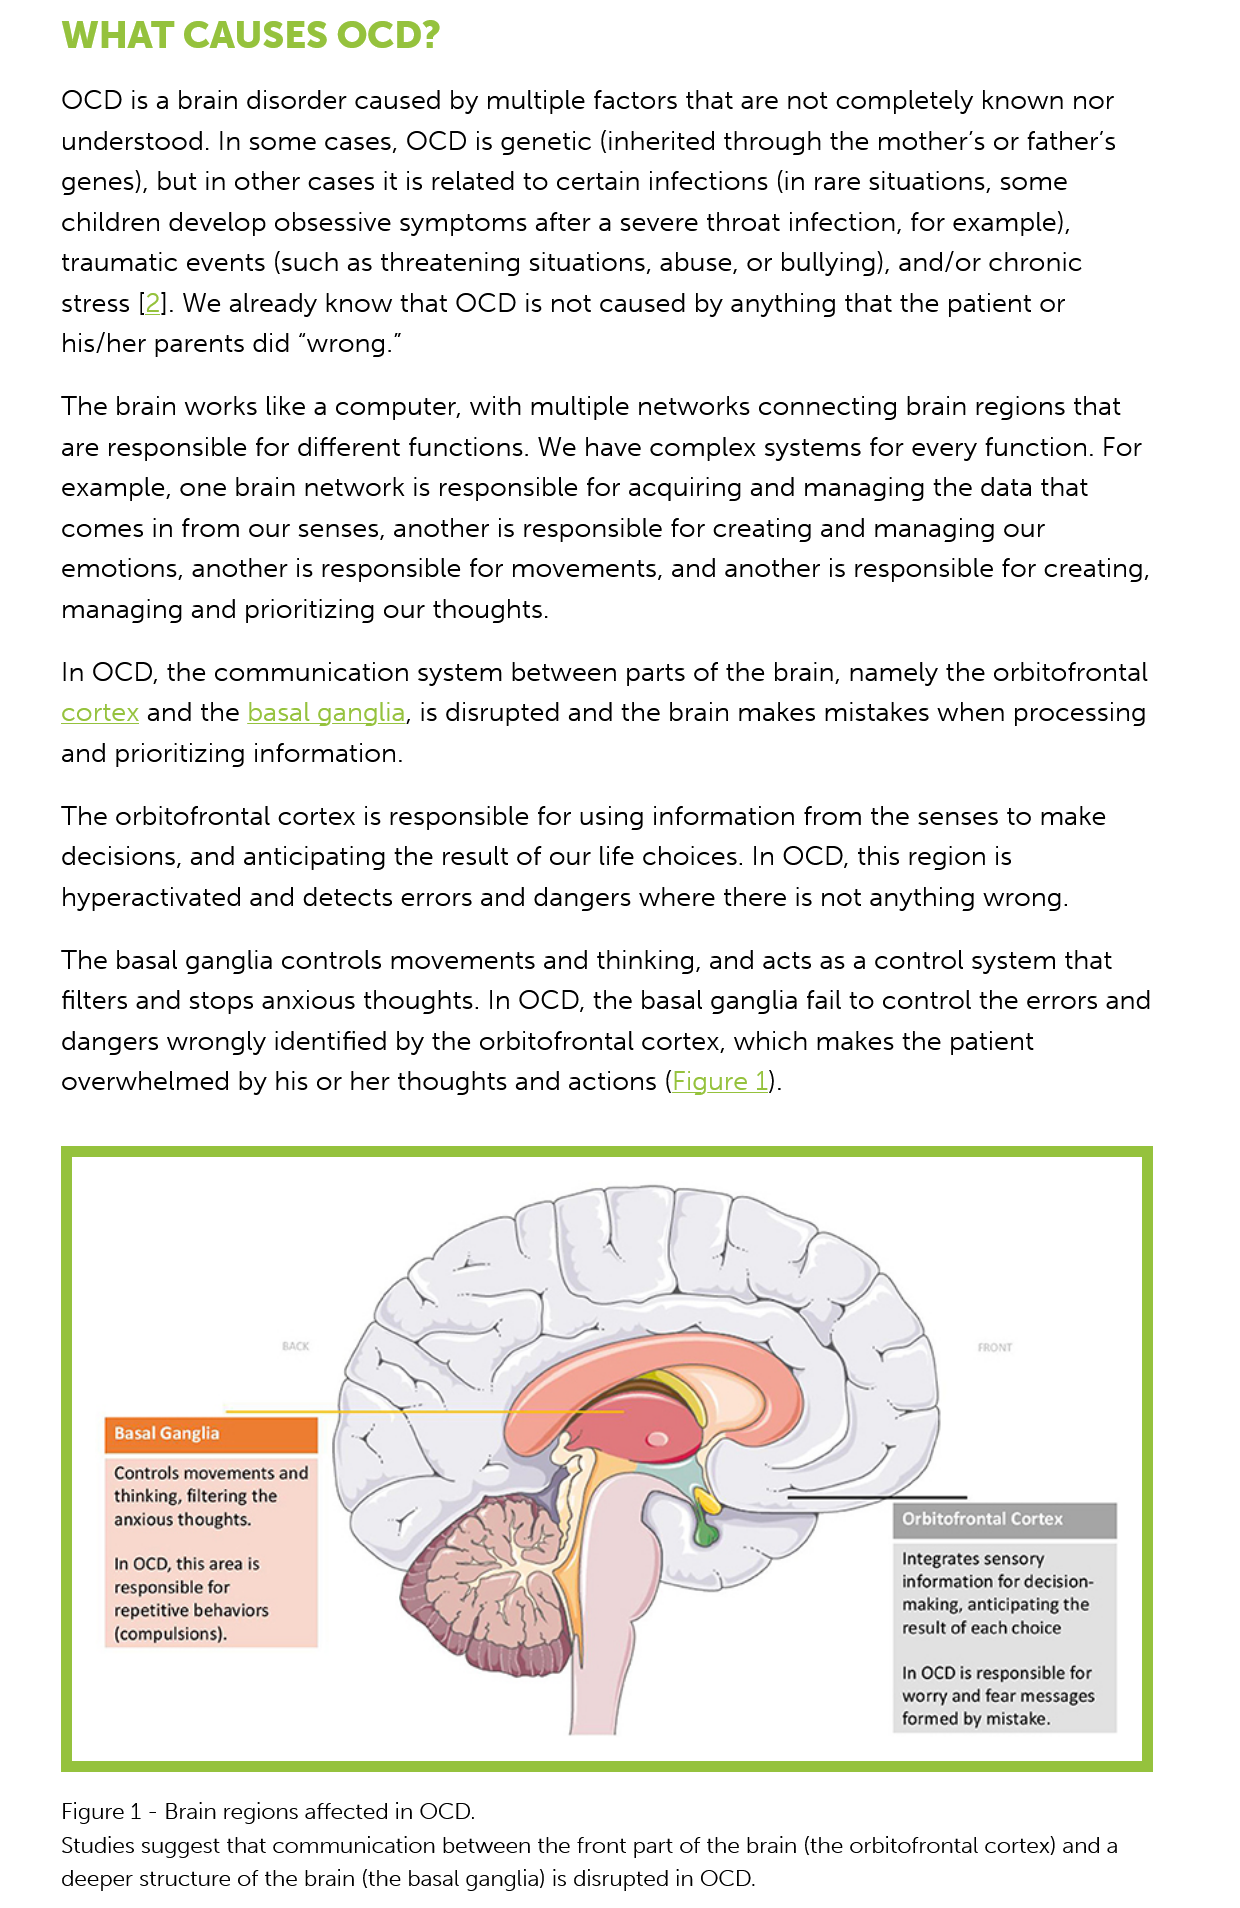
WHAT    CAUSES    OCD?
     OCD is  a brain disorder caused by multiple factors that are not completely known   nor
     understood.  In some  cases, OCD is genetic  (inherited through the mother’s or father’s
     genes), but in other cases it is related to certain infections (in rare situations, some
     children develop obsessive  symptoms  after a severe throat infection, for example),
     traumatic events (such  as threatening situations, abuse, or bullying), and/or chronic
     stress [2]. We already know that OCD is  not caused  by anything that the patient or
     his/her parents did “wrong.”
     The brain works like a computer,  with multiple networks  connecting  brain regions that
     are responsible for different functions. We have complex  systems  for every function. For
     example,  one brain network is responsible for acquiring and  managing  the data that
     comes in  from our senses, another is responsible for creating and managing   our
     emotions,  another is responsible for movements,   and another is responsible for creating,
     managing   and prioritizing our thoughts.
     In OCD, the communication    system  between parts  of the brain, namely the orbitofrontal
     cortex and the basal ganglia, is disrupted and the brain makes mistakes  when  processing
     and prioritizing information.
     The orbitofrontal cortex is responsible for using information from the senses to make
     decisions, and anticipating the result of our life choices. In OCD, this region is
     hyperactivated and  detects errors and dangers  where there  is not anything wrong.
     The basal ganglia controls movements    and thinking, and acts as a control system that
     filters and stops anxious thoughts. In OCD, the basal ganglia fail to control the errors and
     dangers wrongly   identified by the orbitofrontal cortex, which makes the patient
     overwhelmed by    his or her thoughts and actions (Figure  1).
     Figure 1
     -
     Brain regions affected in OCD.
     Studies suggest that communication between the front part of the brain (the orbitofrontal cortex) and a
     deeper structure of the brain (the basal ganglia) is disrupted in OCD.